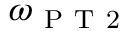
\omega _ { \mathrm { ~ P ~ T ~ 2 ~ } }